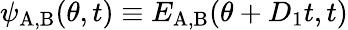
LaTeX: \psi_{\mathrm{A,B}}(\theta,t)\equiv E_{\mathrm{A,B}}(\theta+D_{1}t,t)